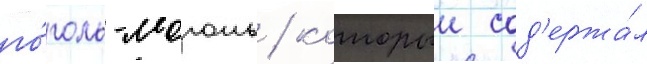
го́голь-моголь / которыи сод'ержа́л